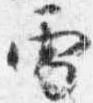
雪